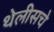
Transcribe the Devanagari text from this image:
थेलीसचे